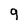
Character: 9